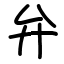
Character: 弁